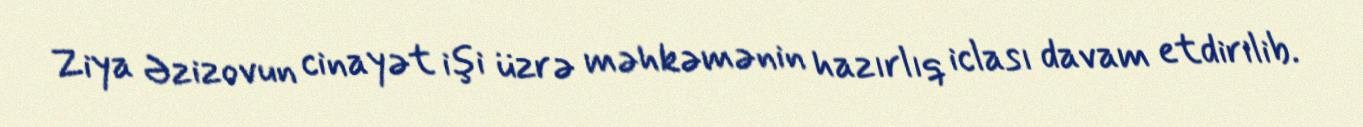
Ziya Əzizovun cinayət işi üzrə məhkəmənin hazırlıq iclası davam etdirilib.